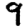
Digit: 9